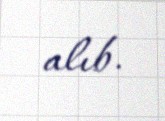
alıb.